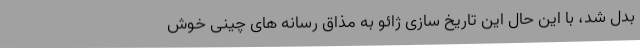
بدل شد، با این حال این تاریخ سازی ژائو به مذاق رسانه های چینی خوش